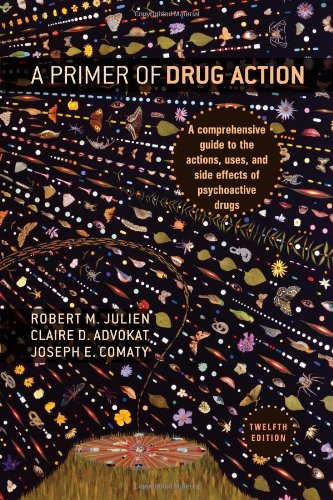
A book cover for A Primer of Drug Action; Robert M. Julien; Medical Books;